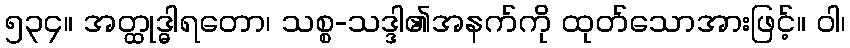
၅၃၄။ အတ္ထုဒ္ဓါရတော၊ သစ္စ-သဒ္ဒါ၏အနက်ကို ထုတ်သောအားဖြင့်။ ဝါ၊